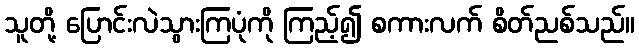
သူတို့ ပြောင်းလဲသွားကြပုံကို ကြည့်၍ စကားလက် စိတ်ညစ်သည်။